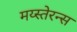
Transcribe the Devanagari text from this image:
मय्स्तेरन्स